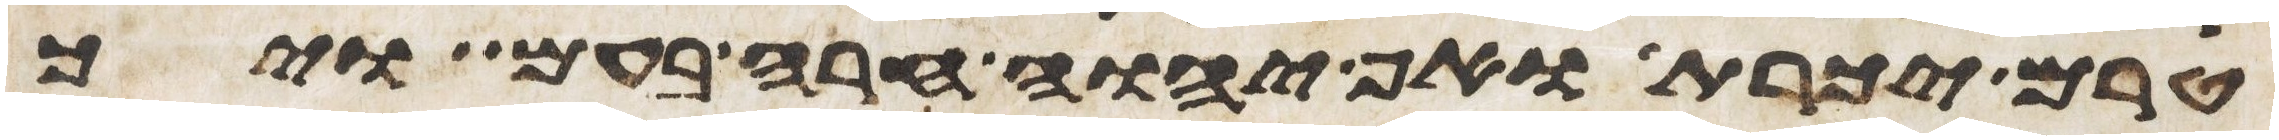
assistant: טרם יכרת ואף יהוה חרה בעם ויך